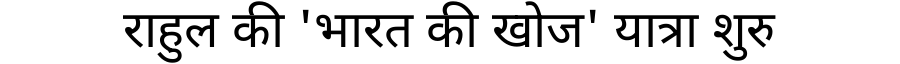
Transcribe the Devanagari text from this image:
राहुल की 'भारत की खोज' यात्रा शुरु